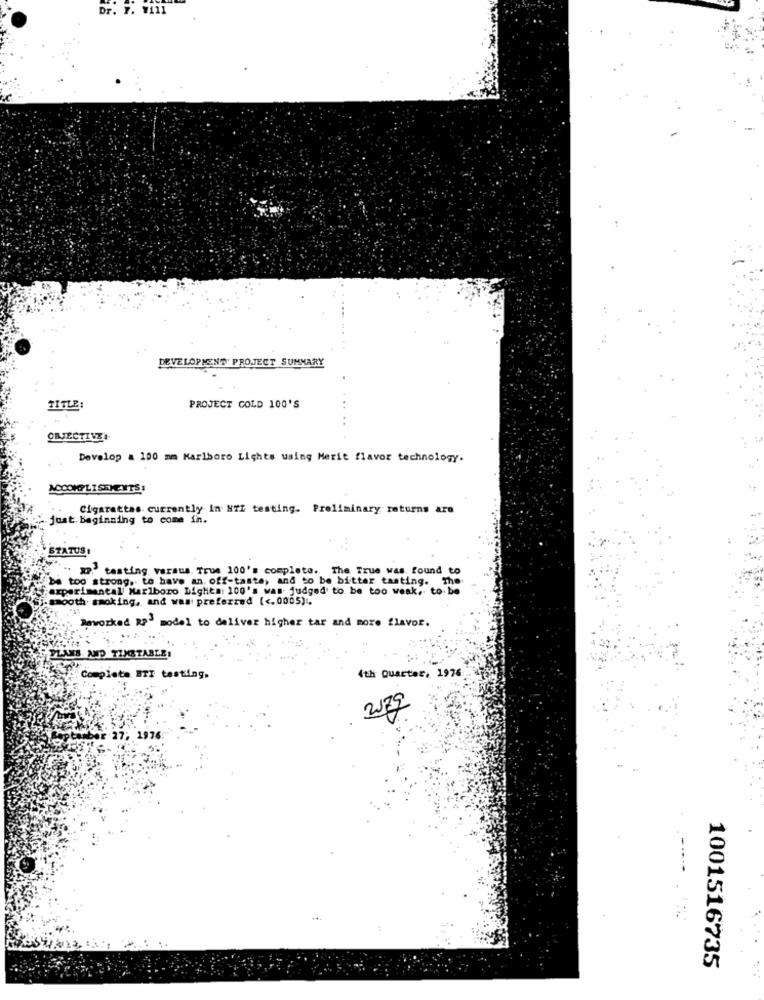
Dr. 7. W111
DEVELOPMENT PROJECT SUMMARY
TITLE:
PROJECT COLD 100'S
ONJECTIVE.
Develop a 100 mm Marlboro Lights using Merit flavor technology.
Cigarettes currently in NTI testing. Preliminary returns are
just. beginning to come in.
STATUS
" .. . testing versus. True 100's complete. The True was found to
be too strong, to have an off-taste, and to be bitter tasting. The
experimental Marlboro Dighen: 100's was judged to be too weak. to.be
smooth. smoking, and was preferred ( <. 0005).
Reworked RP- model to deliver higher tar and more flavor.
B. ND TIMETABLE.
Ith Quarter, 1976
Complete BTT testing.
, 19:
...
1001516735